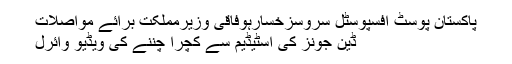
پاکستان پوسٹ آفسپوسٹل سروسزخسارہوفاقی وزیرمملکت برائے مواصلات
ڈین جونز کی اسٹیڈیم سے کچرا چننے کی ویڈیو وائرل